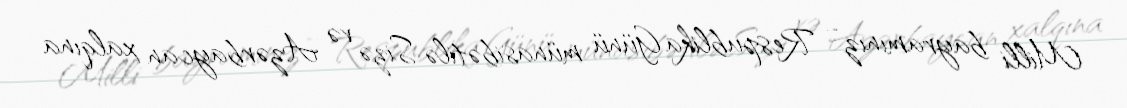
Milli bayramınız - Respublika Günü münasibətilə Sizə və Azərbaycan xalqına